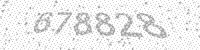
Solution: 678828